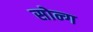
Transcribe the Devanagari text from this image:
सोन्ग